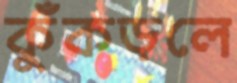
কুঁকড়লে